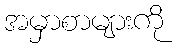
အမှာစာများကို